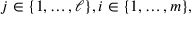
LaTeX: j \in \{ 1 , \ldots , \ell \} , i \in \{ 1 , \ldots , m \} ,